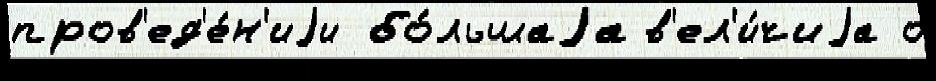
пров'ед'е́н'иjи бо́льшаjа в'ел'и́чиjа о